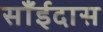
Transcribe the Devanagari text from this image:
साँईदास